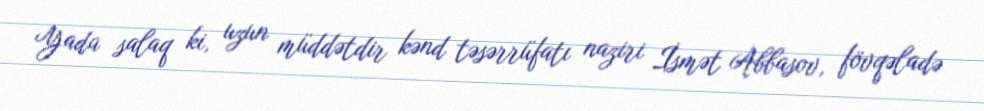
Yada salaq ki, uzun müddətdir kənd təsərrüfatı naziri İsmət Abbasov, fövqəladə